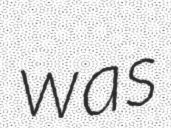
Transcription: was